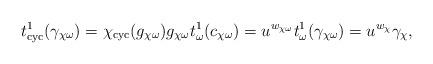
LaTeX: \begin{align*}t_{\mathrm{cyc}}^{1}(\gamma_{\chi \omega}) = \chi_{\mathrm{cyc}}(g_{\chi \omega}) g_{\chi \omega} t_{\omega}^{1} (c_{\chi \omega})= u^{w_{\chi \omega}} t_{\omega}^{1}(\gamma_{\chi \omega})= u^{w_{\chi}} \gamma_{\chi},\end{align*}